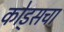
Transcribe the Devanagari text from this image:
कोड्सचा